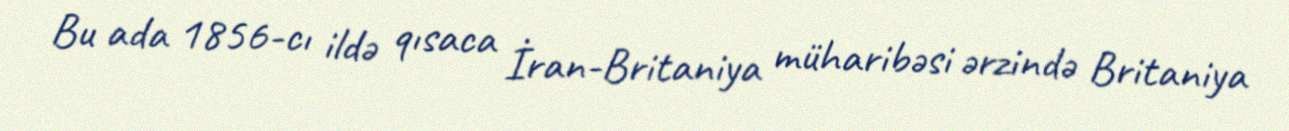
Bu ada 1856-cı ildə qısaca İran-Britaniya müharibəsi ərzində Britaniya